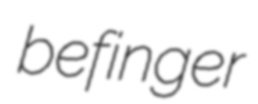
befinger